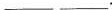
___ ___.